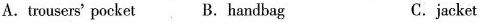
A.trousers' pocket B. Handbag C. jacket